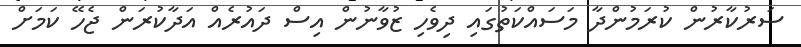
ސަރުކާރުން ކުރަމުންދާ މަސައްކަތުގައި ދިވެހި ޒުވާނުން އިސް ދައުރެއް އަދާކުރަން ޖެހޭ ކަމަށް